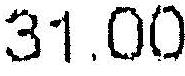
31.00